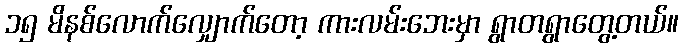
၁၅ မိနစ်လောက်လျှောက်တော့ ကားလမ်းဘေးမှာ ရွာတရွာတွေ့တယ်။